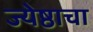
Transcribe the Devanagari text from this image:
ज्येष्ठाचा